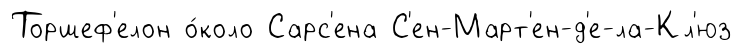
Торшеф'елон о́коло Сарс'ена С'ен-Март'ен-д'е-ла-Кл'юз